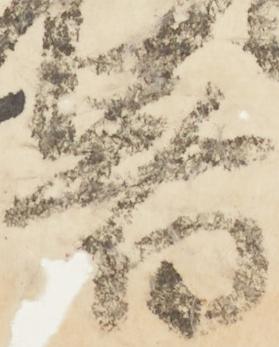
着